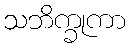
သဘိက္ခုကာ